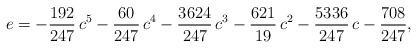
LaTeX: \begin{align*}e = -\frac{192}{247} \, c^{5} - \frac{60}{247} \, c^{4} - \frac{3624}{247} \, c^{3} - \frac{621}{19} \, c^{2} - \frac{5336}{247} \, c - \frac{708}{247},\end{align*}